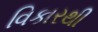
વિકારથી